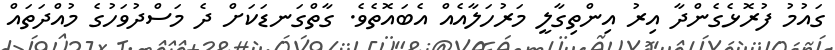
ގައުމު ފުރޮޅެގެންދާ އިރު އިންތިގާލީ މަރުހަލާއެއް އެބައޮތެވެ. ގާތްގަނޑަކަށް ދެ މަސްދުވަހުގެ މުއްދަތައް